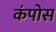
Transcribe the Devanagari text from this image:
कंपोस